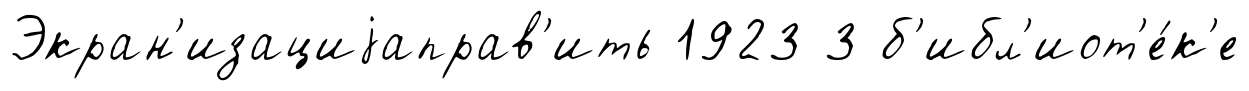
Экран'изациjаправ'ить 1923 3 б'ибл'иот'е́к'е